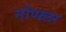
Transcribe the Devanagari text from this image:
नोप्फ्लर